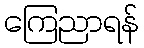
ကြေညာရန်